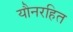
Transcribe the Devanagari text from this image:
यौनरहित